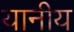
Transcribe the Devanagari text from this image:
यानीय